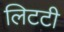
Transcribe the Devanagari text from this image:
लिटटी